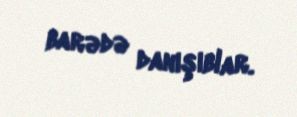
barədə danışıblar.